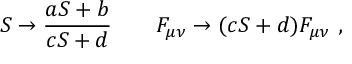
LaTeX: S \to { \frac { a S + b } { c S + d } } \qquad { \cal F } _ { \mu \nu } \to ( c S + d ) { \cal F } _ { \mu \nu } \ ,